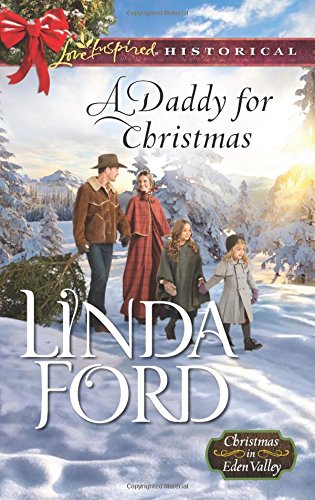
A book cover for A Daddy for Christmas (Christmas in Eden Valley); Linda Ford; Romance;